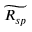
\widetilde { R _ { s p } }